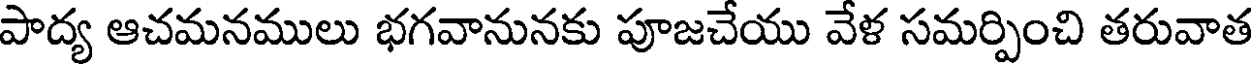
పాద్య ఆచమనములు భగవానునకు పూజచేయు వేళ సమర్పించి తరువాత